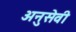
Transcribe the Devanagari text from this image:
अनुसेवी